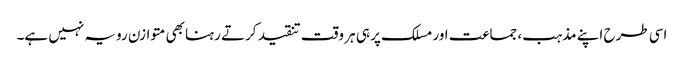
اسی طرح اپنے مذہب، جماعت اور مسلک پر ہی ہر وقت تنقید کرتے رہنا بھی متوازن رویہ نہیں ہے۔